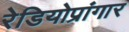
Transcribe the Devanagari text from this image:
रेडियोप्रांगार